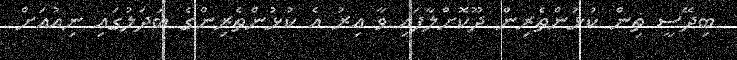
ބިދޭސީ ތިން ކުޅުންތެރިން ދޫކޮށްލާފައި ވާ އިރު އެ ކުޅުންތެރިންގެ ބަދަލުގައި ނިއުއަށް